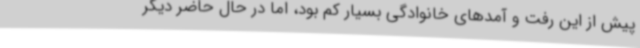
پیش از این رفت و آمدهای خانوادگی بسیار کم بود، اما در حال حاضر دیگر